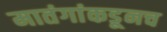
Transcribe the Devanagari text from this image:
मातंगांकडूनच